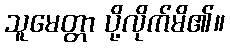
သူမေတ္တာ ပို့လိုက်မိ၏။